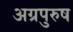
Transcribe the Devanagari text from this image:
अग्रपुरुष